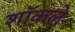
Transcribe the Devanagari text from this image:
शॉकले